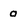
Character: 0